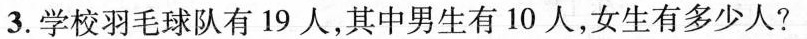
3.学校羽毛球队有19人，其中男生有10人，女生有多少人?